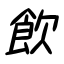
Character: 飲